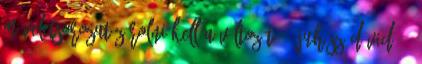
műveletsorozat zárolni kell a változót 33 Juhász Dávid 33